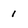
Character: 1